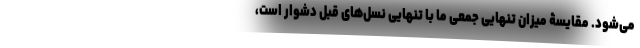
می‌شود. مقایسۀ میزان تنهایی جمعی ما با تنهایی نسل‌های قبل دشوار است،